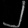
Digit: ၂